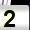
Digit: 2